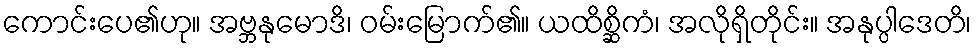
ကောင်းပေ၏ဟု။ အဗ္ဘနုမောဒိ၊ ဝမ်းမြောက်၏။ ယထိစ္ဆိကံ၊ အလိုရှိတိုင်း။ အနုပ္ပါဒေတိ၊